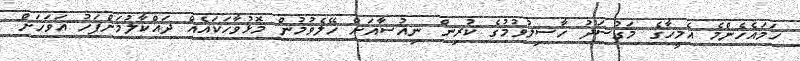
ހަމައެހެންމެ އެމީހާގެ މަގުސަދު ހާސިލުވުމުގެ ކުރިން ނިއުސާއަށް ހޭލެވުމުން މޮޅުވާހަކައެއް ދައްކާލުމަށްފަހު އަވަހަށް